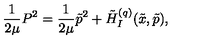
\frac { 1 } { 2 \mu } P ^ { 2 } = \frac { 1 } { 2 \mu } \tilde { p } ^ { 2 } + \tilde { H } _ { I } ^ { ( q ) } ( \tilde { x } , \tilde { p } ) ,